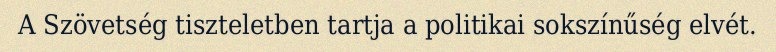
A Szövetség tiszteletben tartja a politikai sokszínűség elvét.